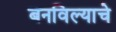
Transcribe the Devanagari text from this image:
बनविल्याचे